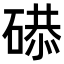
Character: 𥔸